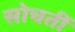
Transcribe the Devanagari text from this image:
सोचतीं